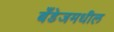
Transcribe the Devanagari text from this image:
बँडेजमधील